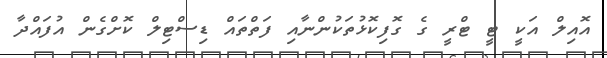
އޮއިލް އަކީ ޓީ ޓްރީ ގެ ގޮފިކޮޅުތަކުންނާއި ފަތްތައް ޑިސްޓިލް ކޮށްގެން އުފައްދާ